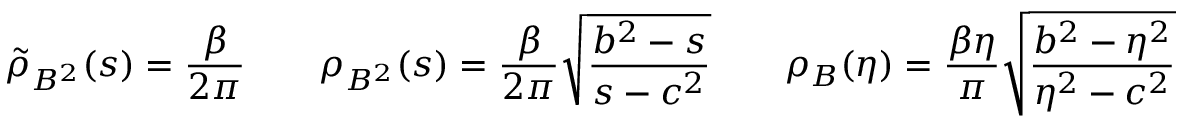
\tilde { \rho } _ { B ^ { 2 } } ( s ) = \frac { \beta } { 2 \pi } \ \ \ \ \ \ \rho _ { B ^ { 2 } } ( s ) = \frac { \beta } { 2 \pi } \sqrt { \frac { b ^ { 2 } - s } { s - c ^ { 2 } } } \ \ \ \ \ \ \rho _ { B } ( \eta ) = \frac { \beta \eta } { \pi } \sqrt { \frac { b ^ { 2 } - \eta ^ { 2 } } { \eta ^ { 2 } - c ^ { 2 } } }